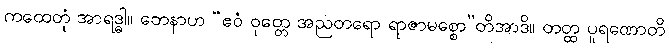
ကထေတုံ အာရဒ္ဓါ။ တေနာဟ “ဧဝံ ဝုတ္တေ အညတရော ရာဇာမစ္စော”တိအာဒိ။ တတ္ထ ပူရဏောတိ